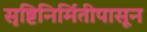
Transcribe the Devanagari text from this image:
सृष्टिनिर्मितीपासून